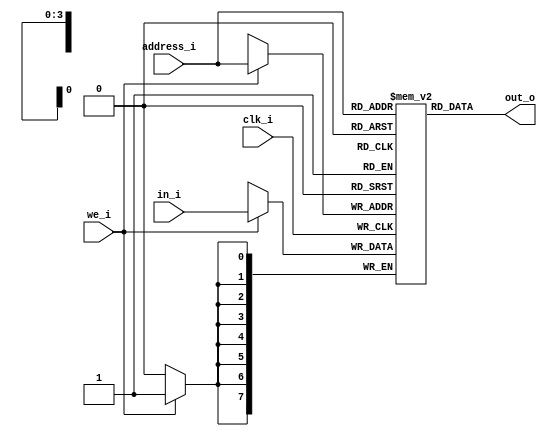
//16 byte RAM used for KT8

module ram (clk_i, 
            address_i, 
            in_i, 
            out_o, 
            we_i);

  input clk_i, we_i;
  input [3:0] address_i;
  input [7:0] in_i;
  output [7:0] out_o;  
  //CK - Changed array to 0-15 from 15-0
  //not sure if it matters, but this seems to be the standard
  reg [7:0] mem [0:15];
  
  always @(posedge clk_i)
    if (we_i) mem[address_i]=in_i;
    
  //output is not clocked, always reflects current memory addresses
  assign out_o=mem[address_i];

endmodule